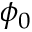
\phi _ { 0 }